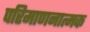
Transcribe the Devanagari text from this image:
परिमाणनात्मक